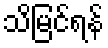
သိမြင်ရန်